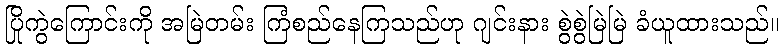
ပြိုကွဲကြောင်းကို အမြဲတမ်း ကြံစည်နေကြသည်ဟု ဂျင်းနား စွဲစွဲမြဲမြဲ ခံယူထားသည်။